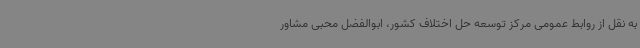
به نقل از روابط عمومی مرکز توسعه حل اختلاف کشور، ابوالفضل محبی مشاور